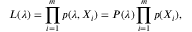
L ( \boldsymbol { \lambda } ) = \prod _ { i = 1 } ^ { m } p ( \boldsymbol { \lambda } , X _ { i } ) = P ( \boldsymbol { \lambda } ) \prod _ { i = 1 } ^ { m } p ( X _ { i } ) ,